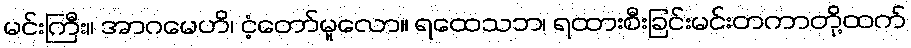
မင်းကြီး။ အာဂမေဟိ၊ ငံ့တော်မူလော။ ရထေသဘ၊ ရထားစီးခြင်းမင်းတကာတို့ထက်